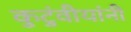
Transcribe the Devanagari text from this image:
कुटुंवीयांनी